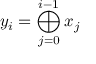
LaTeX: y _ { i } = \bigoplus _ { j = 0 } ^ { i - 1 } x _ { j }